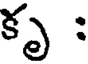
కృ :